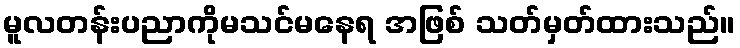
မူလတန်းပညာကိုမသင်မနေရ အဖြစ် သတ်မှတ်ထားသည်။